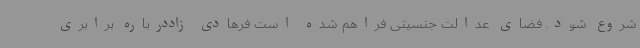
شروع شود. فضای عدالت جنسیتی فراهم شده است فرهادی زاددرباره برابری